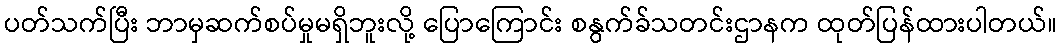
ပတ်သက်ပြီး ဘာမှဆက်စပ်မှုမရှိဘူးလို့ ပြောကြောင်း စနွက်ခ်သတင်းဌာနက ထုတ်ပြန်ထားပါတယ်။